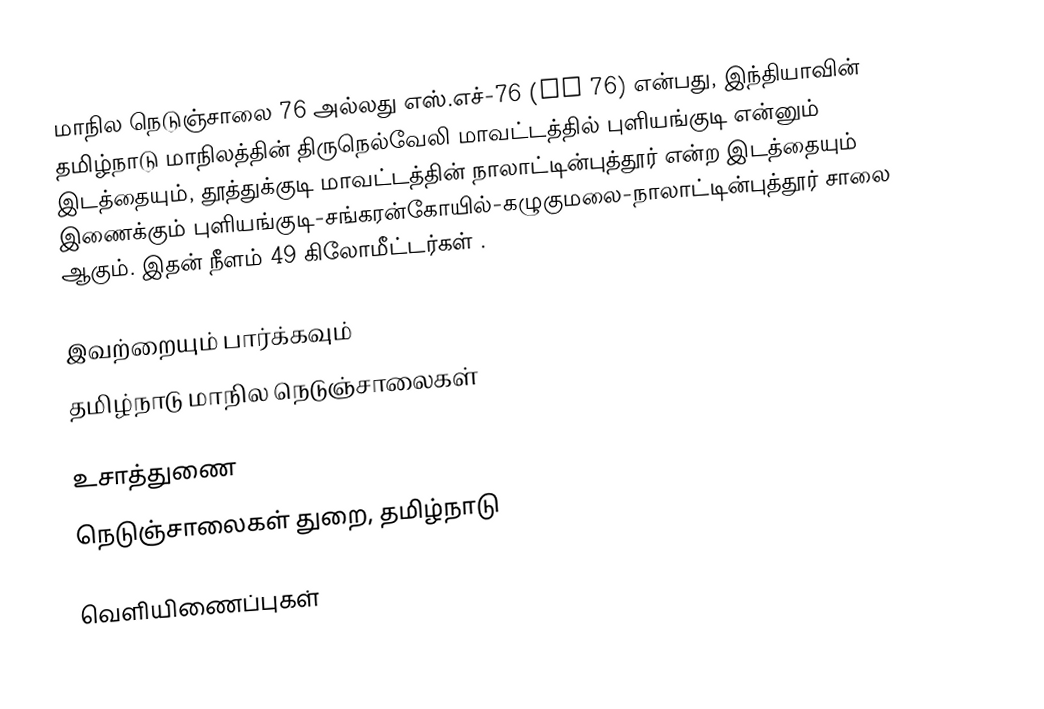
மாநில நெடுஞ்சாலை 76 அல்லது எஸ்.எச்-76 (SH 76) என்பது, இந்தியாவின் தமிழ்நாடு மாநிலத்தின் திருநெல்வேலி மாவட்டத்தில் புளியங்குடி என்னும் இடத்தையும், தூத்துக்குடி மாவட்டத்தின் நாலாட்டின்புத்தூர் என்ற இடத்தையும் இணைக்கும் புளியங்குடி-சங்கரன்கோயில்-கழுகுமலை-நாலாட்டின்புத்தூர் சாலை ஆகும். இதன் நீளம் 49 கிலோமீட்டர்கள் .

இவற்றையும் பார்க்கவும்
 தமிழ்நாடு மாநில நெடுஞ்சாலைகள்

உசாத்துணை
 நெடுஞ்சாலைகள் துறை, தமிழ்நாடு

வெளியிணைப்புகள்